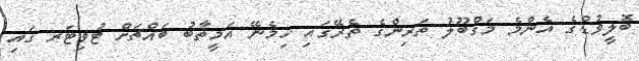
ބޮލީވުޑްގެ އެންމެ މަގްބޫލު ތަރިންގެ ތެރޭގައި ހިމެނޭ އަމީތާބު ބައްޗަށް ޓުވިޓަރ ގައި